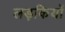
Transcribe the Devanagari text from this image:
लड़कियों